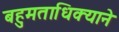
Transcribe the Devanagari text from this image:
बहुमताधिक्याने